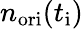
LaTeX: n_{\mathrm{ori}}(t_{\mathrm{i}})